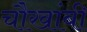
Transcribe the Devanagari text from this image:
चौखांबी